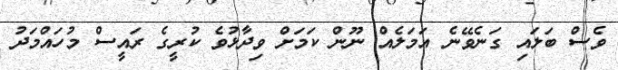
ވެސް ބަލައި ގަނެވޭނެ އަމަލެއް ނޫން ކަމަށް ވިދާޅުވެ ކުރީގެ ރައީސް މުހައްމަދު